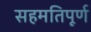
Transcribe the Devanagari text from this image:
सहमतिपूर्ण